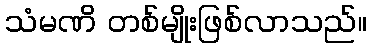
သံမဏိ တစ်မျိုးဖြစ်လာသည်။